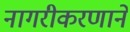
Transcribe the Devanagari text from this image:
नागरीकरणाने